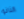
النانو